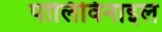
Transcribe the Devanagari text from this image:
पोलिविनाइल